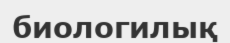
биологилық